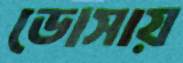
ডোসায়